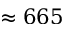
\approx 6 6 5